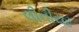
લીનીયર